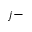
j -